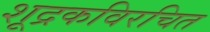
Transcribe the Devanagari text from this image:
शूद्रकविरचित